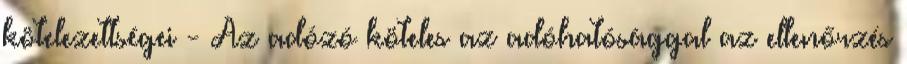
kötelezettségei - Az adózó köteles az adóhatósággal az ellenőrzés